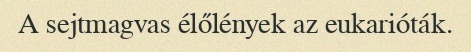
A sejtmagvas élőlények az eukarióták.